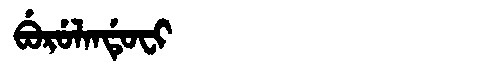
Manchu: ᠪᡠᡵᡠᠯᠠᠨᡩᡠᠸᡳ
Romanization: BURULANDUFI